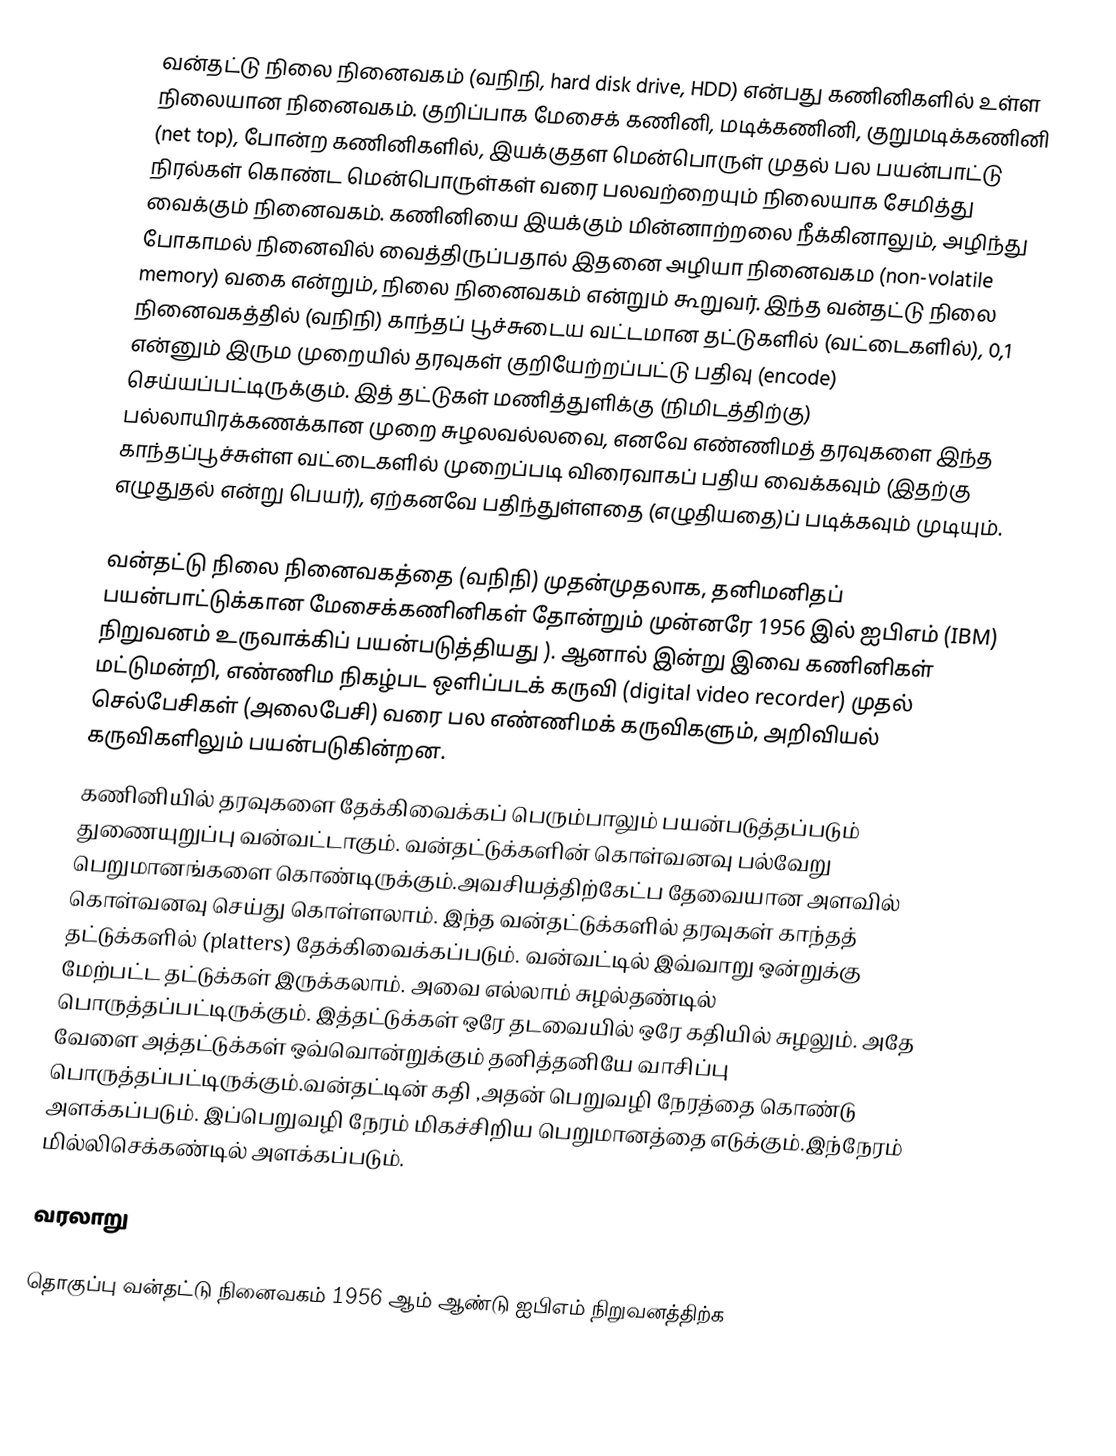
வன்தட்டு நிலை நினைவகம் (வநிநி, hard disk drive, HDD) என்பது கணினிகளில் உள்ள நிலையான நினைவகம். குறிப்பாக மேசைக் கணினி, மடிக்கணினி, குறுமடிக்கணினி (net top), போன்ற கணினிகளில், இயக்குதள மென்பொருள் முதல் பல பயன்பாட்டு நிரல்கள் கொண்ட மென்பொருள்கள் வரை பலவற்றையும் நிலையாக சேமித்து வைக்கும் நினைவகம். கணினியை இயக்கும் மின்னாற்றலை நீக்கினாலும், அழிந்து போகாமல் நினைவில் வைத்திருப்பதால் இதனை அழியா நினைவகம (non-volatile memory) வகை என்றும், நிலை நினைவகம் என்றும் கூறுவர். இந்த வன்தட்டு நிலை நினைவகத்தில் (வநிநி) காந்தப் பூச்சுடைய வட்டமான தட்டுகளில் (வட்டைகளில்), 0,1 என்னும் இரும முறையில் தரவுகள் குறியேற்றப்பட்டு பதிவு (encode) செய்யப்பட்டிருக்கும். இத் தட்டுகள் மணித்துளிக்கு (நிமிடத்திற்கு) பல்லாயிரக்கணக்கான முறை சுழலவல்லவை, எனவே எண்ணிமத் தரவுகளை இந்த காந்தப்பூச்சுள்ள வட்டைகளில் முறைப்படி விரைவாகப் பதிய வைக்கவும் (இதற்கு எழுதுதல் என்று பெயர்), ஏற்கனவே பதிந்துள்ளதை (எழுதியதை)ப் படிக்கவும் முடியும்.

வன்தட்டு நிலை நினைவகத்தை (வநிநி) முதன்முதலாக, தனிமனிதப் பயன்பாட்டுக்கான மேசைக்கணினிகள் தோன்றும் முன்னரே 1956 இல் ஐபிஎம் (IBM) நிறுவனம் உருவாக்கிப் பயன்படுத்தியது ). ஆனால் இன்று இவை கணினிகள் மட்டுமன்றி, எண்ணிம நிகழ்பட ஒளிப்படக் கருவி (digital video recorder) முதல் செல்பேசிகள் (அலைபேசி) வரை பல எண்ணிமக் கருவிகளும், அறிவியல் கருவிகளிலும் பயன்படுகின்றன.
கணினியில் தரவுகளை தேக்கிவைக்கப் பெரும்பாலும் பயன்படுத்தப்படும் துணையுறுப்பு வன்வட்டாகும். வன்தட்டுக்களின் கொள்வனவு பல்வேறு பெறுமானங்களை கொண்டிருக்கும்.அவசியத்திற்கேட்ப தேவையான அளவில் கொள்வனவு செய்து கொள்ளலாம். இந்த வன்தட்டுக்களில் தரவுகள் காந்தத் தட்டுக்களில் (platters) தேக்கிவைக்கப்படும். வன்வட்டில் இவ்வாறு ஒன்றுக்கு மேற்பட்ட தட்டுக்கள் இருக்கலாம். அவை எல்லாம் சுழல்தண்டில் பொருத்தப்பட்டிருக்கும். இத்தட்டுக்கள் ஒரே தடவையில் ஒரே கதியில் சுழலும். அதே வேளை அத்தட்டுக்கள் ஒவ்வொன்றுக்கும் தனித்தனியே வாசிப்பு பொருத்தப்பட்டிருக்கும்.வன்தட்டின் கதி ,அதன் பெறுவழி நேரத்தை கொண்டு அளக்கப்படும். இப்பெறுவழி நேரம் மிகச்சிறிய பெறுமானத்தை எடுக்கும்.இந்நேரம் மில்லிசெக்கண்டில் அளக்கப்படும்.

வரலாறு

தொகுப்பு வன்தட்டு நினைவகம் 1956 ஆம் ஆண்டு ஐபிஎம் நிறுவனத்திற்க